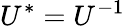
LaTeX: U^{*}=U^{-1}